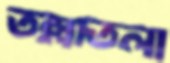
তল্লাতলা